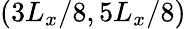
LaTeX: \left(3L_{x}/8,5L_{x}/8\right)